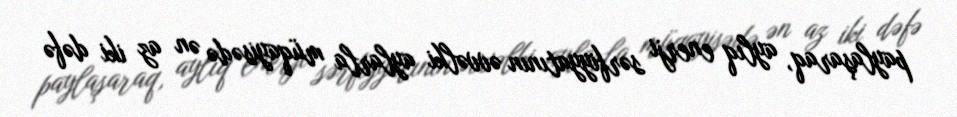
paylaşaraq, aylıq enerji sərfiyyatının əvvəlki aylarla müqayisədə ən az iki dəfə